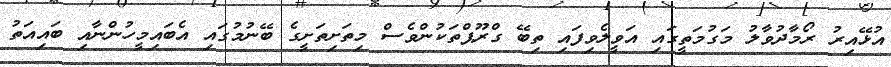
އުޅޭއިރު ރޯމާދުވާލު މަގުމަތީގައި އަވީލެވިފައި ތިބޭ ގްރޫޕްތަކުންވެސް މިތަށިތަށީގެ ބޭނުމުގައި އެބައިމީހުންނާއި ބައިއަތު